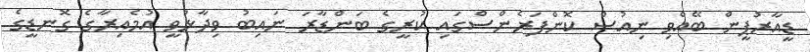
ޑީއާރުޕީން ބޭއްވި ނިއުސް ކޮންފަރެންސްގައި ކުރީގެ ބަންޑާރަ ނައިބު ވިދާޅުވީ އުމެއިރާގެ ގޮނޑީގެ